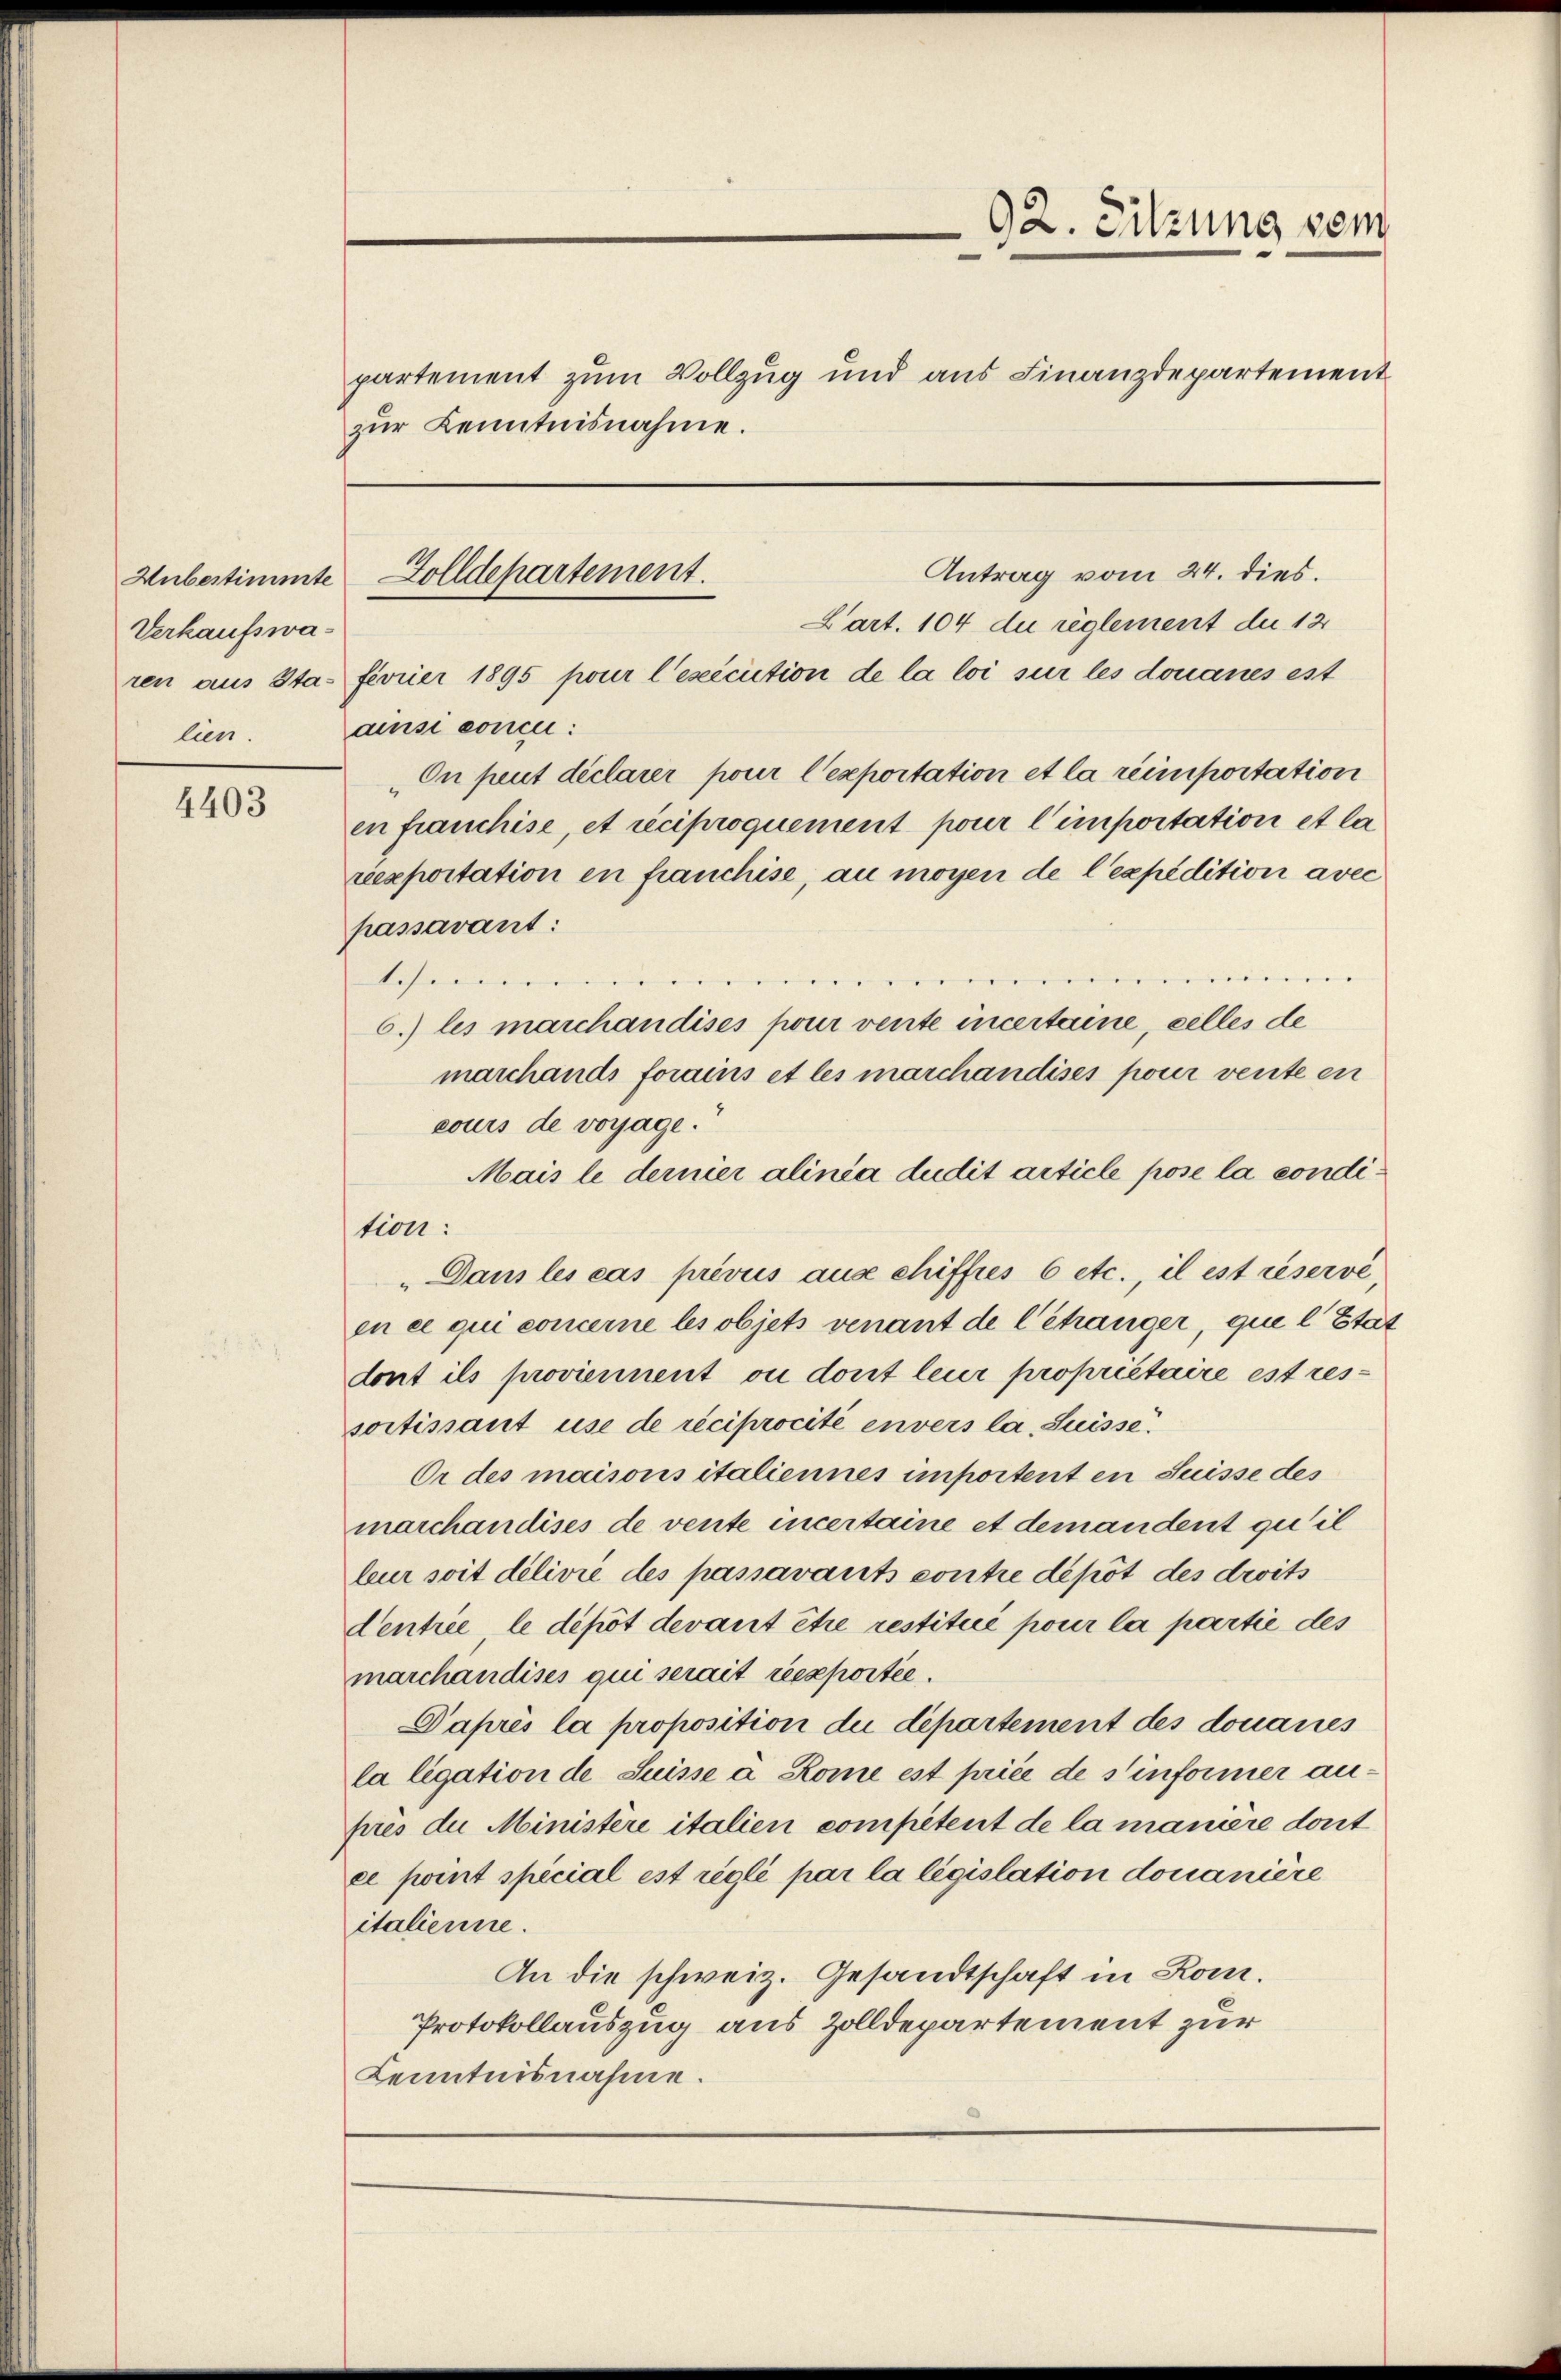
Unbestimmte
Verkaufswa¬

4403

partement zum Vollzug und aus Finanzdepartement
zŭr Kenntnisnahme.

92. Sitzung vom

Antrag vom 24. dies.
Golldepartement.

Lart. 104 du reglement de 12
ren aus Sta- ferrier 1895 pour l’exécution de la loi sur les donaues est
lien ainsi conce:
On peut déclarer pour l'exportation et la reimpoitation
en franchise, et reciproquement pour l’importation et la
reexpoitation en franchise, au moyen de l’expédition avec
passavant:
"
1s.
6.) les marchandises pour vente incertaine, celles de
marchands forains et les marchandises pour vente en
cours de voyage.
Mais le dernier alinia dudit article pose la condition:
„Dans les cas prévus aus chiffes 6 etc., il est réservé,
en ce qui concerne les objets venant de l’étranger, que l’Etat
dont ils proviennent ou dont leur propriétaire est ressortissant use de réciprocité envers la Suisse.
Or des maisons italiennes importent en Suisse des
marchandises de vente incertaine et demandent qu’il
bur soit délivie des passavants contre dépôt des droits
Centrée, le dépôt devant être restitué pour la partie des
marchandises qui serait reexportée.
Daprès la proposition die departement des donaues
la ligation de Suisse à Rome est priée de sinformer anprès die Ministère italien competent de la manière dont
ce point special est réglé par la législation douanière
italienne.
An die schweiz. Gesandtschaft in Kom¬
Protokollauszug aus Zolldepartement zur
Kenntnisnahme.